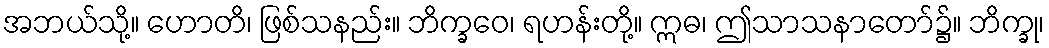
အဘယ်သို့။ ဟောတိ၊ ဖြစ်သနည်း။ ဘိက္ခဝေ၊ ရဟန်းတို့။ ဣဓ၊ ဤသာသနာတော်၌။ ဘိက္ခု၊